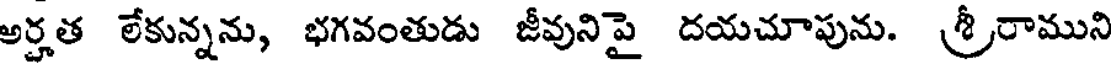
అర్హత లేకున్నను, భగవంతుడు జీవునిపై దయచూపును. శ్రీరాముని